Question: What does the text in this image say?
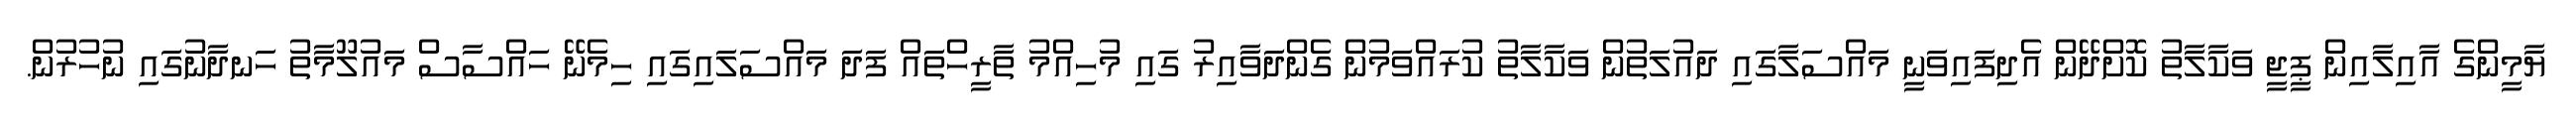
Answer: ޔާމީންގެ އާއިލާއިން ޕީޖީ ވަކާލާތު ކޮށްދޭން އެދިފައިވަނީ މައްސަލާގައި ދައުލަތުން ވަކާލާތު ކުރައްވަމުން ގެންދަވާއިރު ގައި މުހިއްމު ތާރީހްތައް ފަދަ މައްސަލައިގައި ހިމެނޭ ހައްސާސް މައުލޫމާތު ހަނދާނުގައި ނުހުރުން.